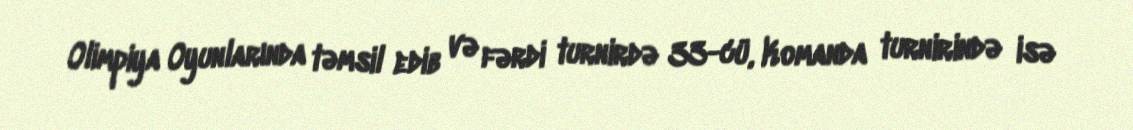
Olimpiya Oyunlarında təmsil edib və fərdi turnirdə 33-cü, Komanda turnirində isə